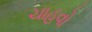
ચાહવો